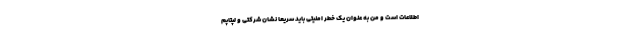
اطلاعات است و من به عنوان یک خطر امنیتی باید سریعا نشان شرکتی و لپتاپم